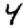
Digit: 4